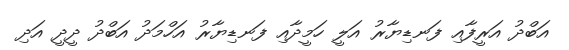
އަބްދު އަރީފާއި ފަނޑިޔާރު އަލީ ހަމީދާއި ފަނޑިޔާރު އަހްމަދު އަބްދު ދީދީ އަދި